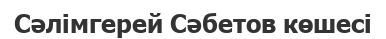
Сәлімгерей Сәбетов көшесі